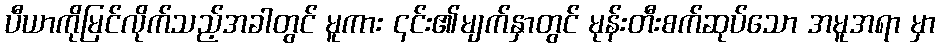
ပီယာကိုမြင်လိုက်သည့်အခါတွင် မူကား ၎င်း၏မျက်နှာတွင် မုန်းတီးစက်ဆုပ်သော အမူအရာ မှာ